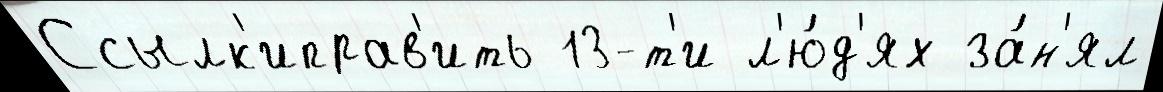
Ссылк'иправ'ить 13-т'и л'ю́д'ях за́н'ял